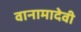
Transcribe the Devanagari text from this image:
वानामादेवी